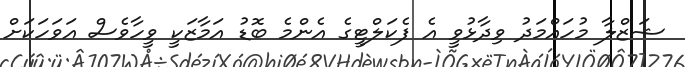
ޝަޒްލާ މުހައްމަދު ވިދާޅުވީ އެ ފެކަލްޓީގެ އެންމެ ބޮޑު އަމާޒަކީ ވީހާވެސް އަވަހަކަށް